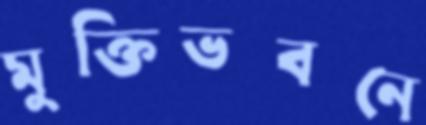
মুক্তিভবনে